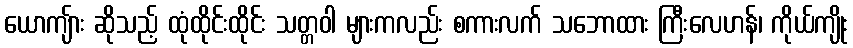
ယောကျ်ား ဆိုသည့် ထုံထိုင်းထိုင်း သတ္တဝါ များကလည်း စကားလက် သဘောထား ကြီးလေဟန်၊ ကိုယ်ကျိုး